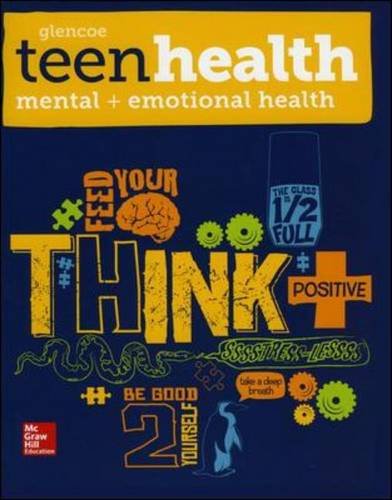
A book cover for Teen Health, Mental and Emotional Health 2014; McGraw-Hill Education; Health, Fitness & Dieting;